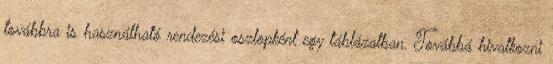
továbbra is használható rendezési oszlopként egy táblázatban. Továbbá hivatkozni